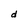
Character: d